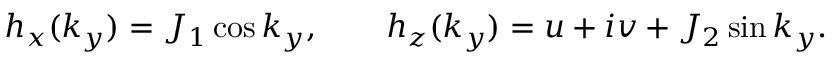
h _ { x } ( k _ { y } ) = J _ { 1 } \cos k _ { y } , \qquad h _ { z } ( k _ { y } ) = u + i v + J _ { 2 } \sin k _ { y } .